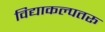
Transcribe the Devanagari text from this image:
विद्याकल्पतरू